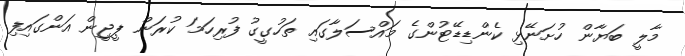
މާލީ ބަޔާން ހުށަނޭޅި ކެންޑިޑޭޓުންގެ މައްސަލާގައި ތަހުގީގު ފުރިހަމަ ކުރަން ޕީޖީން އަންގައިފި